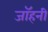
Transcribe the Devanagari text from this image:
जॉहनी